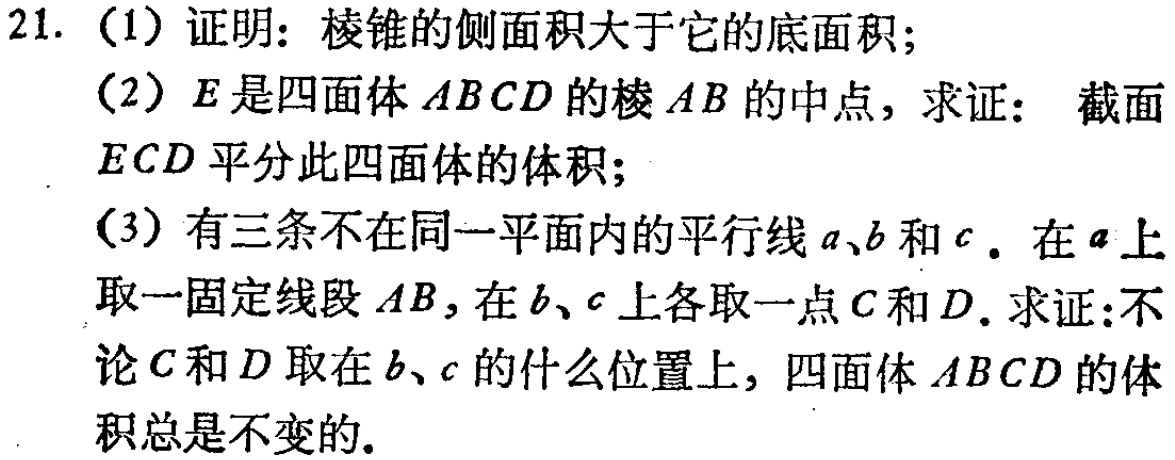
21. (1) 证明：棱锥的侧面积大于它的底面积；
(2) \(E\)是四面体\(ABCD\)的棱\(AB\)的中点，求证： 截面\(ECD\)平分此四面体的体积；
(3) 有三条不在同一平面内的平行线\(a\)、\(b\)和\(c\)。在\(a\)上取一固定线段\(AB\)，在\(b\)、\(c\)上各取一点\(C\)和\(D\)。求证：不论\(C\)和\(D\)取在\(b\)、\(c\)的什么位置上，四面体\(ABCD\)的体积总是不变的。